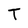
Character: T